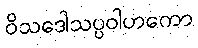
ဝိသဒေါသပ္ပဝါဟကော